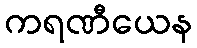
ကရဏီယေန